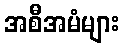
အစီအမံများ